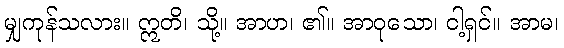
မျှကုန်သလား။ ဣတိ၊ သို့။ အာဟ၊ ၏။ အာဝုသော၊ ငါ့ရှင်။ အာမ၊